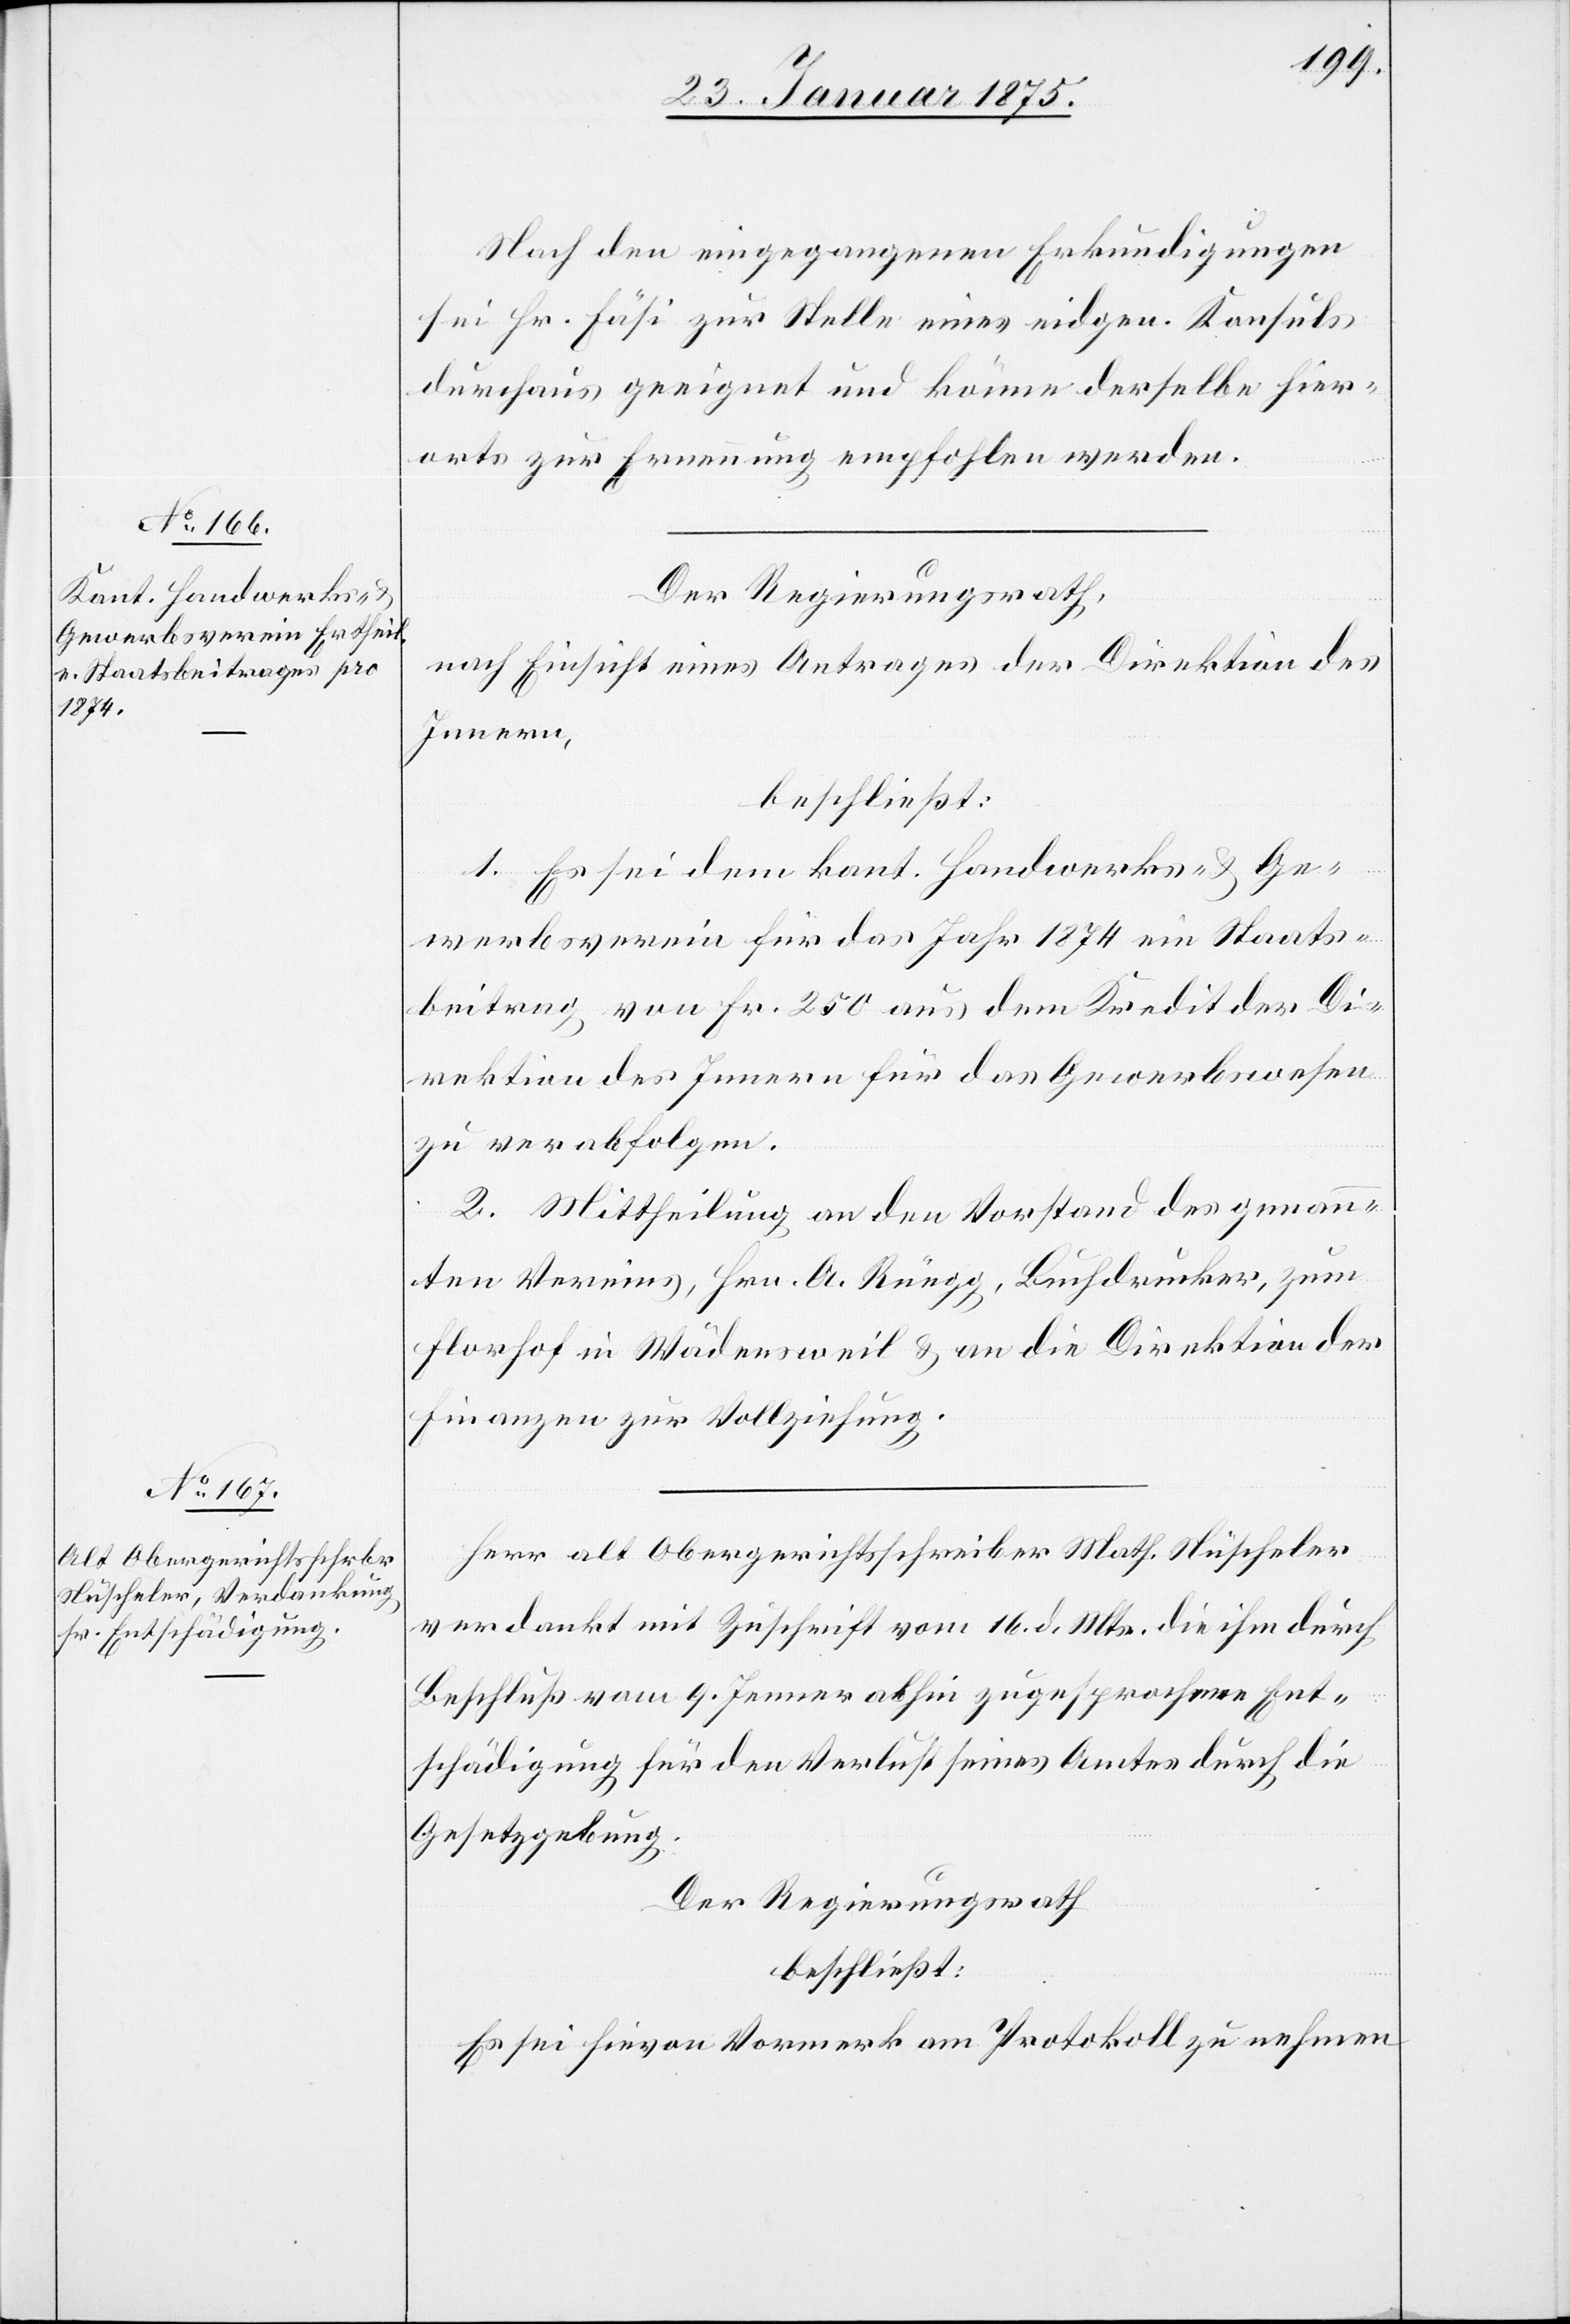
Nach den eingegangenen Erkundigungen
sei Hr. Fäsi zur Stelle eines eidgen. Konsuls
durchaus geeignet und könne derselbe hier¬
orts zur Ernennung empfohlen werden.
Der Regierungsrath,
nach Einsicht eines Antrages der Direktion des
Innern,
beschließt:
1. Es sei dem kant. Handwerks- & Ge¬
werbsverein für das Jahr 1874 ein Staats¬
beitrag von Fr. 250 aus dem Kredit der Di¬
rektion des Innern für das Gewerbswesen
zu verabfolgen.
2. Mittheilung an den Vorstand des genann¬
ten Vereins, Hrn. A. Rüegg, Buchdrucker, zum
Florhof in Wädensweil & an die Direktion der
Finanzen zur Vollziehung.
Herr alt Obergerichtsschreiber Math. Nüscheler
verdankt mit Zuschrift vom 16 d. Mts. die ihm durch
Beschluß vom 9. Jenner abhin zugesprochene Ent¬
schädigung für den Verlust seines Amtes durch die
Gesetzgebung.
Der Regierungsrath
beschließt:
Es sei hievon Vormerk am Protokoll zu nehmen